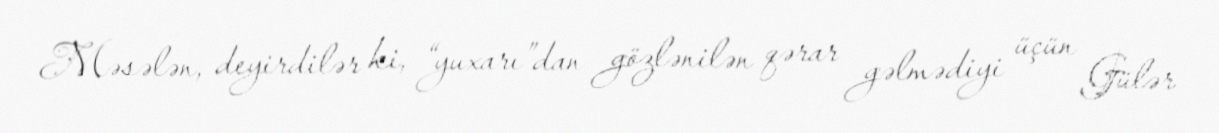
Məsələn, deyirdilər ki, “yuxarı”dan gözlənilən qərar gəlmədiyi üçün Gülər